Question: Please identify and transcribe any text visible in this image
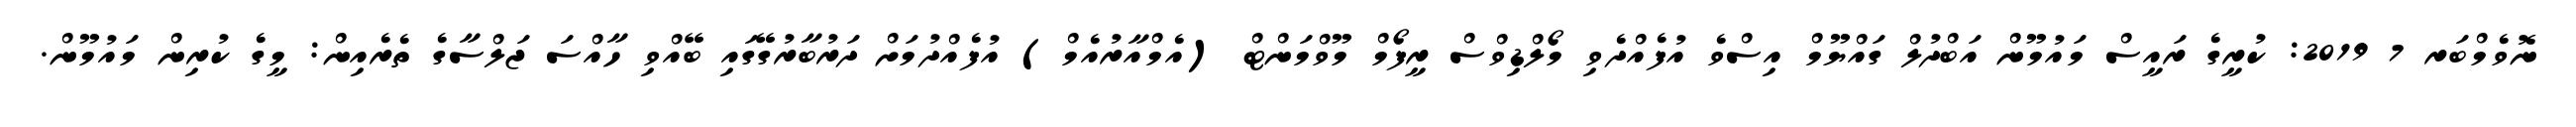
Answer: ނޮވެމްބަރ 7 2019: ކުރީގެ ރައީސް މައުމޫން އަބްދުލް ގައްޔޫމް އިސްވެ އުފެއްދެވި މޯލްޑިވްސް ރީފޯމް މޫވްމަންޓް (އެމްއާރުއެމް) އުފެއްދުމަށް ދަރުބާރުގޭގައި ބޭއްވި ހާއްސަ ޖަލްސާގެ ތެރެއިން: މީގެ ކުރިން މައުމޫން.